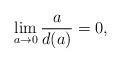
LaTeX: \begin{align*} \lim_{a\rightarrow 0}\frac{a}{d(a)} = 0, \end{align*}